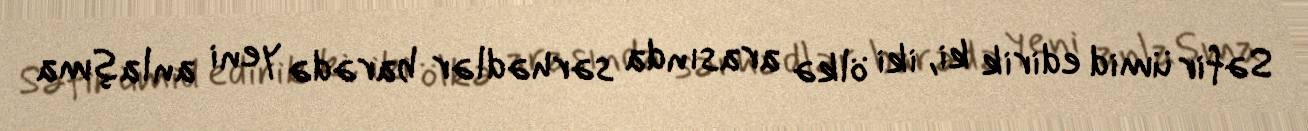
Səfir ümid edirik ki, iki ölkə arasında sərhədlər barədə yeni anlaşma